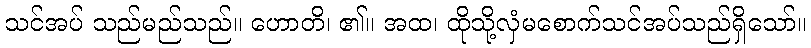
သင်အပ် သည်မည်သည်။ ဟောတိ၊ ၏။ အထ၊ ထိုသို့လှံမစောက်သင်အပ်သည်ရှိသော်။